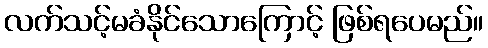
လက်သင့်မခံနိုင်သောကြောင့် ဖြစ်ရပေမည်။